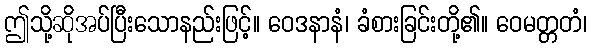
ဤသို့ဆိုအပ်ပြီးသောနည်းဖြင့်။ ဝေဒနာနံ၊ ခံစားခြင်းတို့၏။ ဝေမတ္တတံ၊